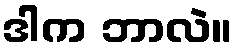
ဒါက ဘာလဲ။